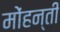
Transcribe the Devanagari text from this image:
मोंहन्ती